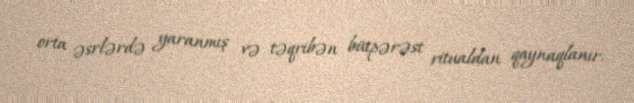
orta əsrlərdə yaranmış və təqribən bütpərəst ritualdan qaynaqlanır.